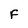
Character: F